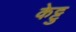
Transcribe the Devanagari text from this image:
केट्टु